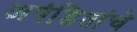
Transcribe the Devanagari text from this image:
अपंडितांचे